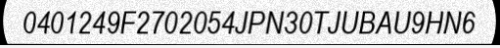
0401249F2702054JPN30TJUBAU9HN6